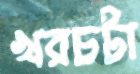
খরচটা